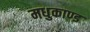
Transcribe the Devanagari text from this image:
मधुकाण्ड